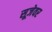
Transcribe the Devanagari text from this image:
सूजेवर